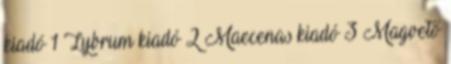
kiadó 1 Lybrum kiadó 2 Maecenas kiadó 3 Magvető